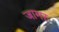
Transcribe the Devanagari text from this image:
जामर